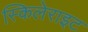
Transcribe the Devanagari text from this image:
स्किलेराइट